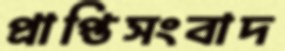
প্রাপ্তিসংবাদ